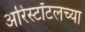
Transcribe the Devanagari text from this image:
अरिस्टॉटलच्या